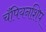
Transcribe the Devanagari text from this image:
चॅंपियनशिप